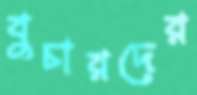
বুচারদের